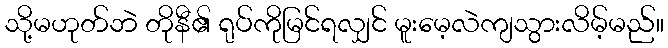
သို့မဟုတ်ဘဲ တိုနီ၏ ရုပ်ကိုမြင်ရလျှင် မူးမေ့လဲကျသွားလိမ့်မည်။